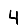
Digit: 4